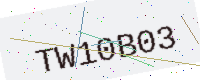
Text: TW10B03